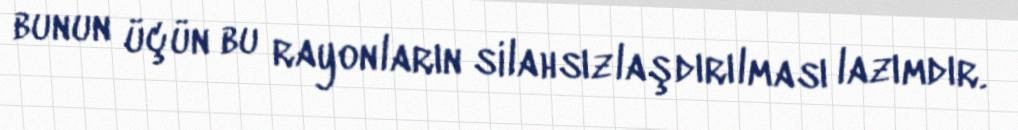
bunun üçün bu rayonların silahsızlaşdırılması lazımdır.